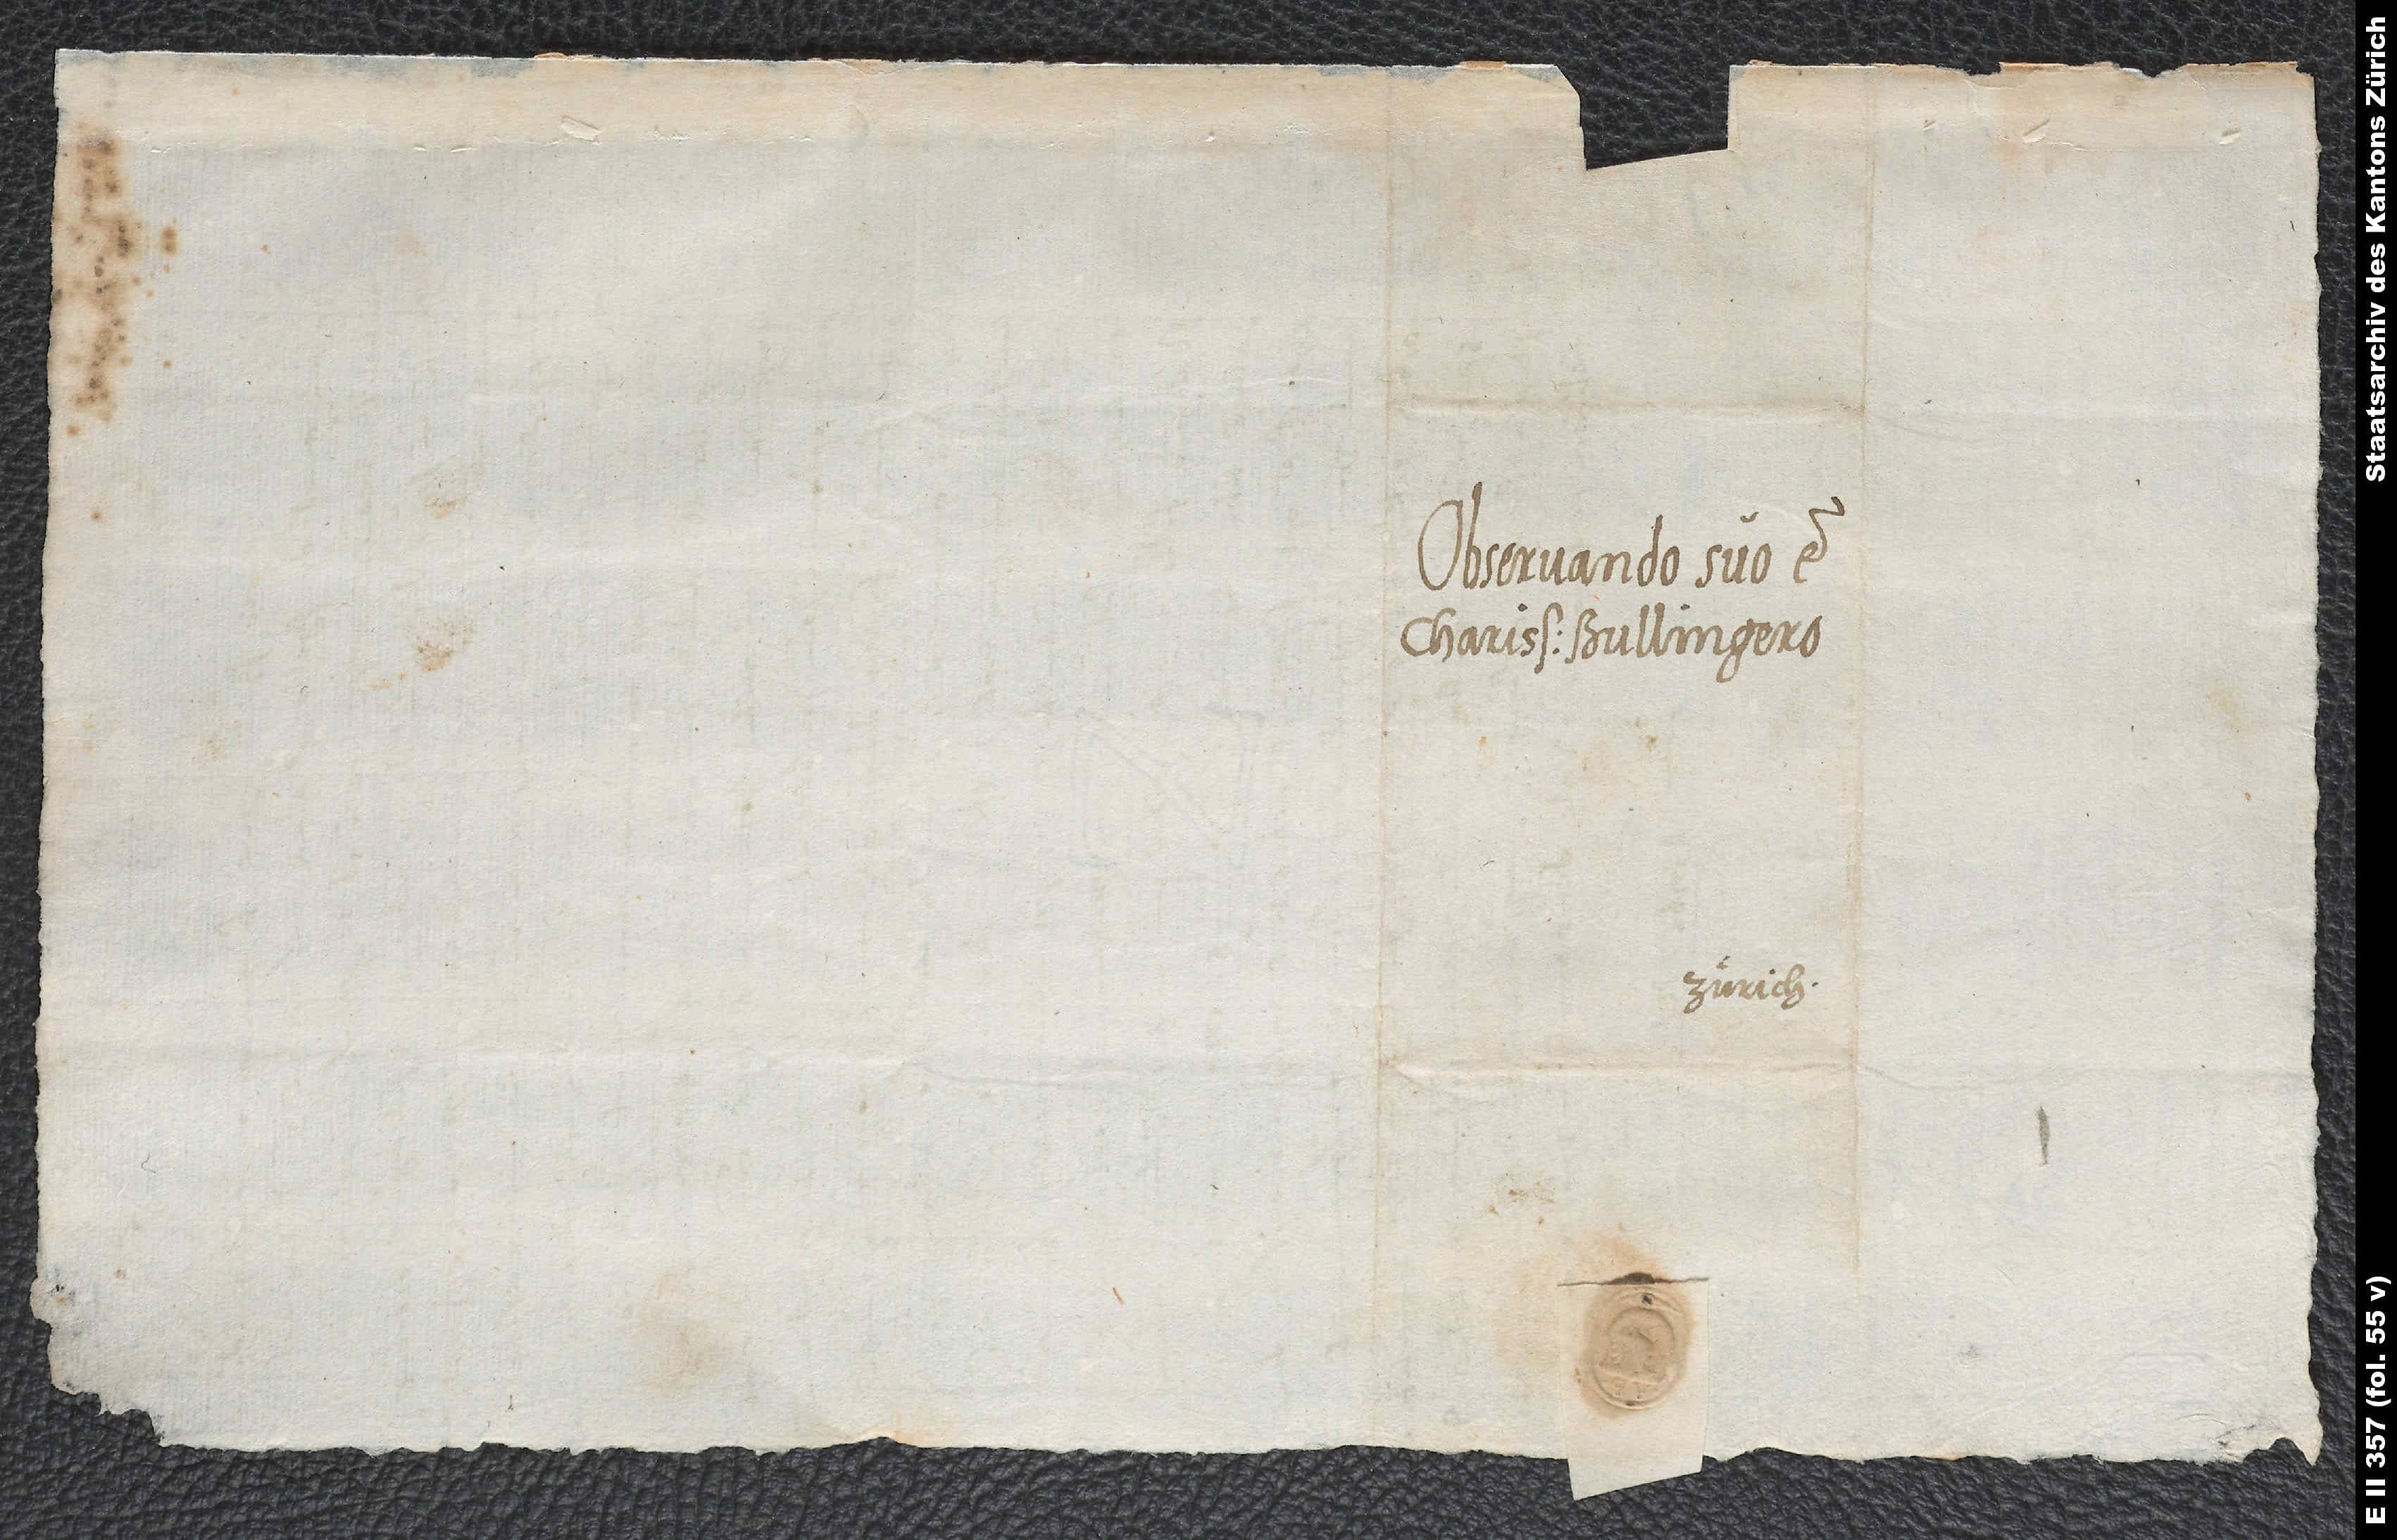
Observando suo et
charissimo Bullingero.
Zürich.